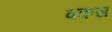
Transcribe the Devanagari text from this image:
वकस